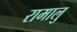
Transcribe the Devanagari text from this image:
रामालु